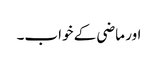
اور ماضی کے خواب۔